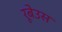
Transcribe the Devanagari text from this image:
रूबेउस